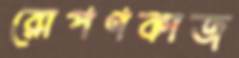
রোপণকাজ